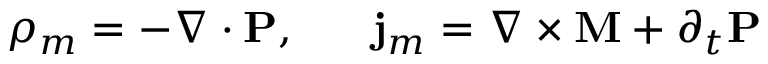
\rho _ { m } = - \nabla \cdot \mathbf { P } , \ \ \ \ \ \mathbf { j } _ { m } = \nabla \times \mathbf { M } + \partial _ { t } \mathbf { P }